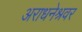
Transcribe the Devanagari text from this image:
अराधनेश्रवर